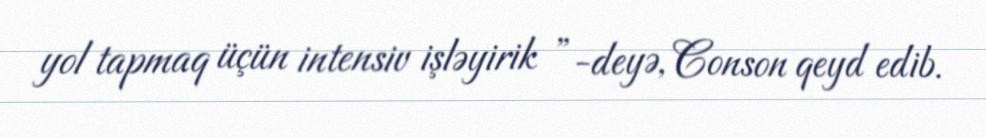
yol tapmaq üçün intensiv işləyirik ”-deyə, Conson qeyd edib.